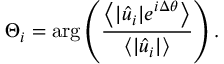
\Theta _ { i } = \mathrm { a r g } \left( \frac { \left\langle | \hat { u } _ { i } | e ^ { i \Delta \theta } \right\rangle } { \left\langle | \hat { u } _ { i } | \right\rangle } \right) .